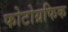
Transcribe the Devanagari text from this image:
फोटोग्रफिक